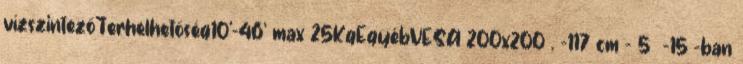
vízszintezőTerhelhetőség10'-46' max 25KgEgyébVESA 200x200 . -117 cm - 5 -15°-ban